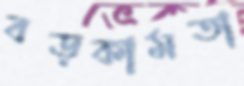
বড়কামতা